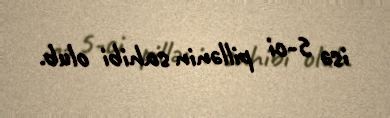
isə 5-ci pillənin sahibi olub.